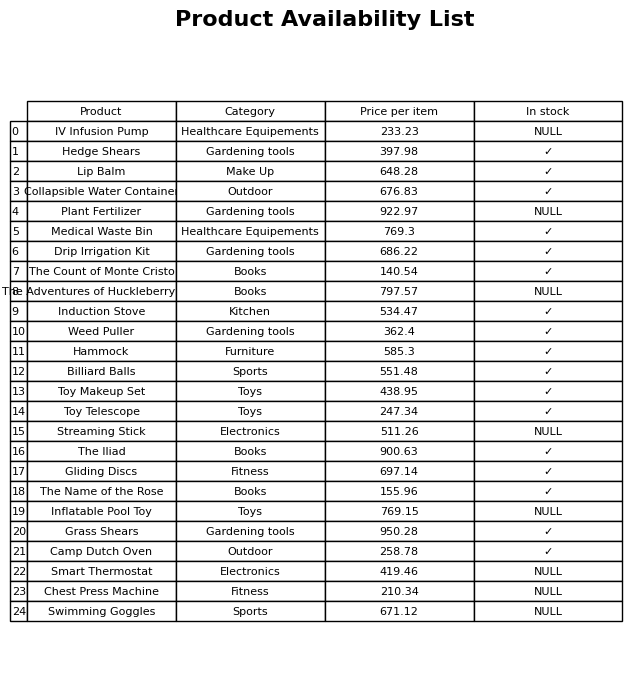
question: What is the price for Streaming Stick?
answer: The price of Streaming Stick is 511.26.